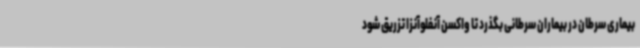
بیماری سرطان در بیماران سرطانی بگذرد تا واکسن آنفلوآنزا تزریق شود